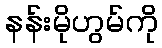
နန်းမိုဟွမ်ကို